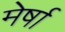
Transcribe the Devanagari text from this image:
मेर्षा